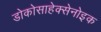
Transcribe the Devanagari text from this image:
डोकोसाहेक्सेनोइक